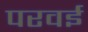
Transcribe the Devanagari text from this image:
परवई